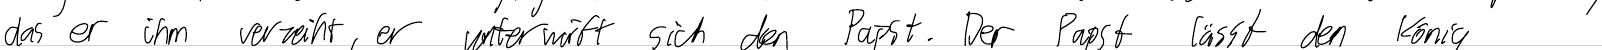
das er ihm verzeiht, er unterwirft sich dem Papst. Der Papst lässt den König